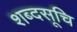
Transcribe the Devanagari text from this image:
शब्दसूचि